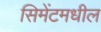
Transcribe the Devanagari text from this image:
सिमेंटमधील